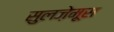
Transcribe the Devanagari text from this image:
सुलज़ेमूस